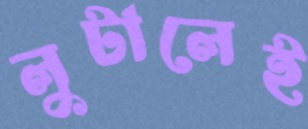
লুটালেই